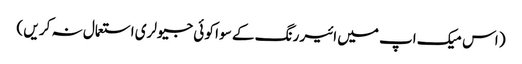
( اس میک اپ میں ائیر رنگ کے سو ا کو ئی جیولری استعمال نہ کر یں )